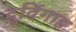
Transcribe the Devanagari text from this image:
दुर्विगाह